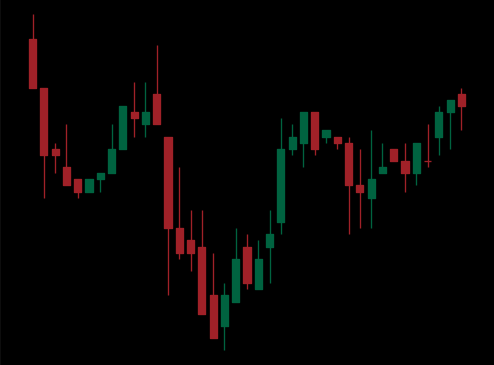
Pattern: inverse_head_shoulders